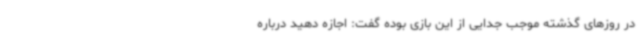
در روزهای گذشته موجب جدایی از این بازی بوده گفت: اجازه دهید درباره